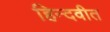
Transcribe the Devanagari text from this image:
हिन्दवीत